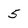
Character: 5